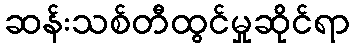
ဆန်းသစ်တီထွင်မှုဆိုင်ရာ